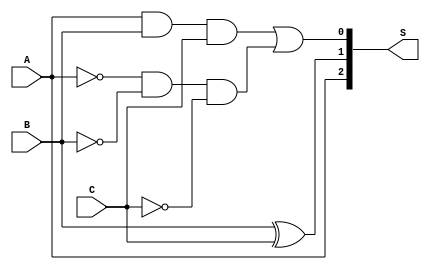

module MBE_enc(A, B, C, S);

input A, B, C;
output [2:0] S; 
//S[2] = sign, 0 = +, 1 = -
//S[1] = mult, 0 = 2 or 0, 1 = 1
//S[0] = zero, 0 = not 0, 1 = 0

assign S[2] = A;

assign S[1] = B ^ C;

assign S[0] = (A & B & C) | ((~A) & (~B) & (~C));

endmodule